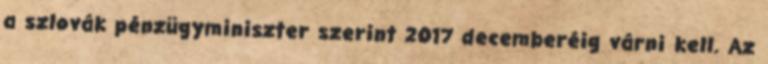
a szlovák pénzügyminiszter szerint 2017 decemberéig várni kell. Az